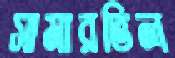
সামারভিল